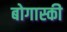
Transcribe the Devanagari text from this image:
बोगास्की